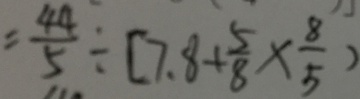
= \frac { 4 4 } { 5 } \div [ 7 . 8 + \frac { 5 } { 8 } \times \frac { 8 } { 5 } )